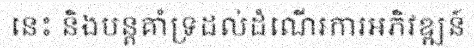
នេះ និងបន្តគាំទ្រដល់ដំណើរការអភិវឌ្ឍន៍